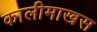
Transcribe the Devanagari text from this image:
कालीमाखस